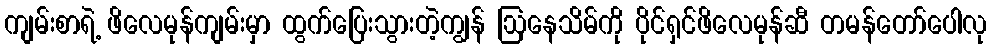
ကျမ်းစာရဲ့ ဖိလေမုန်ကျမ်းမှာ ထွက်ပြေးသွားတဲ့ကျွန် ဩနေသိမ်ကို ပိုင်ရှင်ဖိလေမုန်ဆီ တမန်တော်ပေါလု